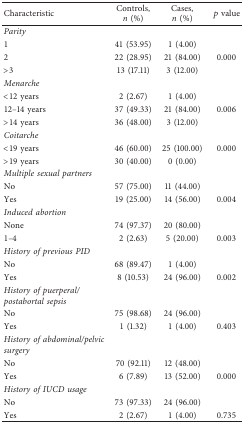
<table><thead><tr><td><b>Characteristic</b></td><td><b>Controls, <i>n</i> (%)</b></td><td><b>Cases, <i>n</i> (%)</b></td><td><b><i>p</i> value</b></td></tr></thead><tbody><tr><td><i>Parity</i></td><td> </td><td> </td><td> </td></tr><tr><td>1</td><td>41 (53.95)</td><td>1 (4.00)</td><td> </td></tr><tr><td>2</td><td>22 (28.95)</td><td>21 (84.00)</td><td>0.000</td></tr><tr><td>&gt;3</td><td>13 (17.11)</td><td>3 (12.00)</td><td> </td></tr><tr><td><i>Menarche</i></td><td> </td><td> </td><td> </td></tr><tr><td>&lt;12 years</td><td>2 (2.67)</td><td>1 (4.00)</td><td> </td></tr><tr><td>12–14 years</td><td>37 (49.33)</td><td>21 (84.00)</td><td>0.006</td></tr><tr><td>&gt;14 years</td><td>36 (48.00)</td><td>3 (12.00)</td><td> </td></tr><tr><td><i>Coitarche</i></td><td> </td><td> </td><td> </td></tr><tr><td>&lt;19 years</td><td>46 (60.00)</td><td>25 (100.00)</td><td>0.000</td></tr><tr><td>&gt;19 years</td><td>30 (40.00)</td><td>0 (0.00)</td><td> </td></tr><tr><td><i>Multiple sexual partners</i></td><td> </td><td> </td><td> </td></tr><tr><td>No</td><td>57 (75.00)</td><td>11 (44.00)</td><td> </td></tr><tr><td>Yes</td><td>19 (25.00)</td><td>14 (56.00)</td><td>0.004</td></tr><tr><td><i>Induced abortion</i></td><td> </td><td> </td><td> </td></tr><tr><td>None</td><td>74 (97.37)</td><td>20 (80.00)</td><td> </td></tr><tr><td>1–4</td><td>2 (2.63)</td><td>5 (20.00)</td><td>0.003</td></tr><tr><td><i>History of previous PID</i></td><td> </td><td> </td><td> </td></tr><tr><td>No</td><td>68 (89.47)</td><td>1 (4.00)</td><td> </td></tr><tr><td>Yes</td><td>8 (10.53)</td><td>24 (96.00)</td><td>0.002</td></tr><tr><td><i>History of puerperal/postabortal sepsis</i></td><td> </td><td> </td><td> </td></tr><tr><td>No</td><td>75 (98.68)</td><td>24 (96.00)</td><td> </td></tr><tr><td>Yes</td><td>1 (1.32)</td><td>1 (4.00)</td><td>0.403</td></tr><tr><td><i>History of abdominal/pelvic surgery</i></td><td> </td><td> </td><td> </td></tr><tr><td>No</td><td>70 (92.11)</td><td>12 (48.00)</td><td> </td></tr><tr><td>Yes</td><td>6 (7.89)</td><td>13 (52.00)</td><td>0.000</td></tr><tr><td><i>History of IUCD usage</i></td><td> </td><td> </td><td> </td></tr><tr><td>No</td><td>73 (97.33)</td><td>24 (96.00)</td><td> </td></tr><tr><td>Yes</td><td>2 (2.67)</td><td>1 (4.00)</td><td>0.735</td></tr></tbody></table>